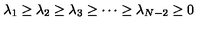
\lambda _ { 1 } \geq \lambda _ { 2 } \geq \lambda _ { 3 } \geq \cdots \geq \lambda _ { N - 2 } \geq 0